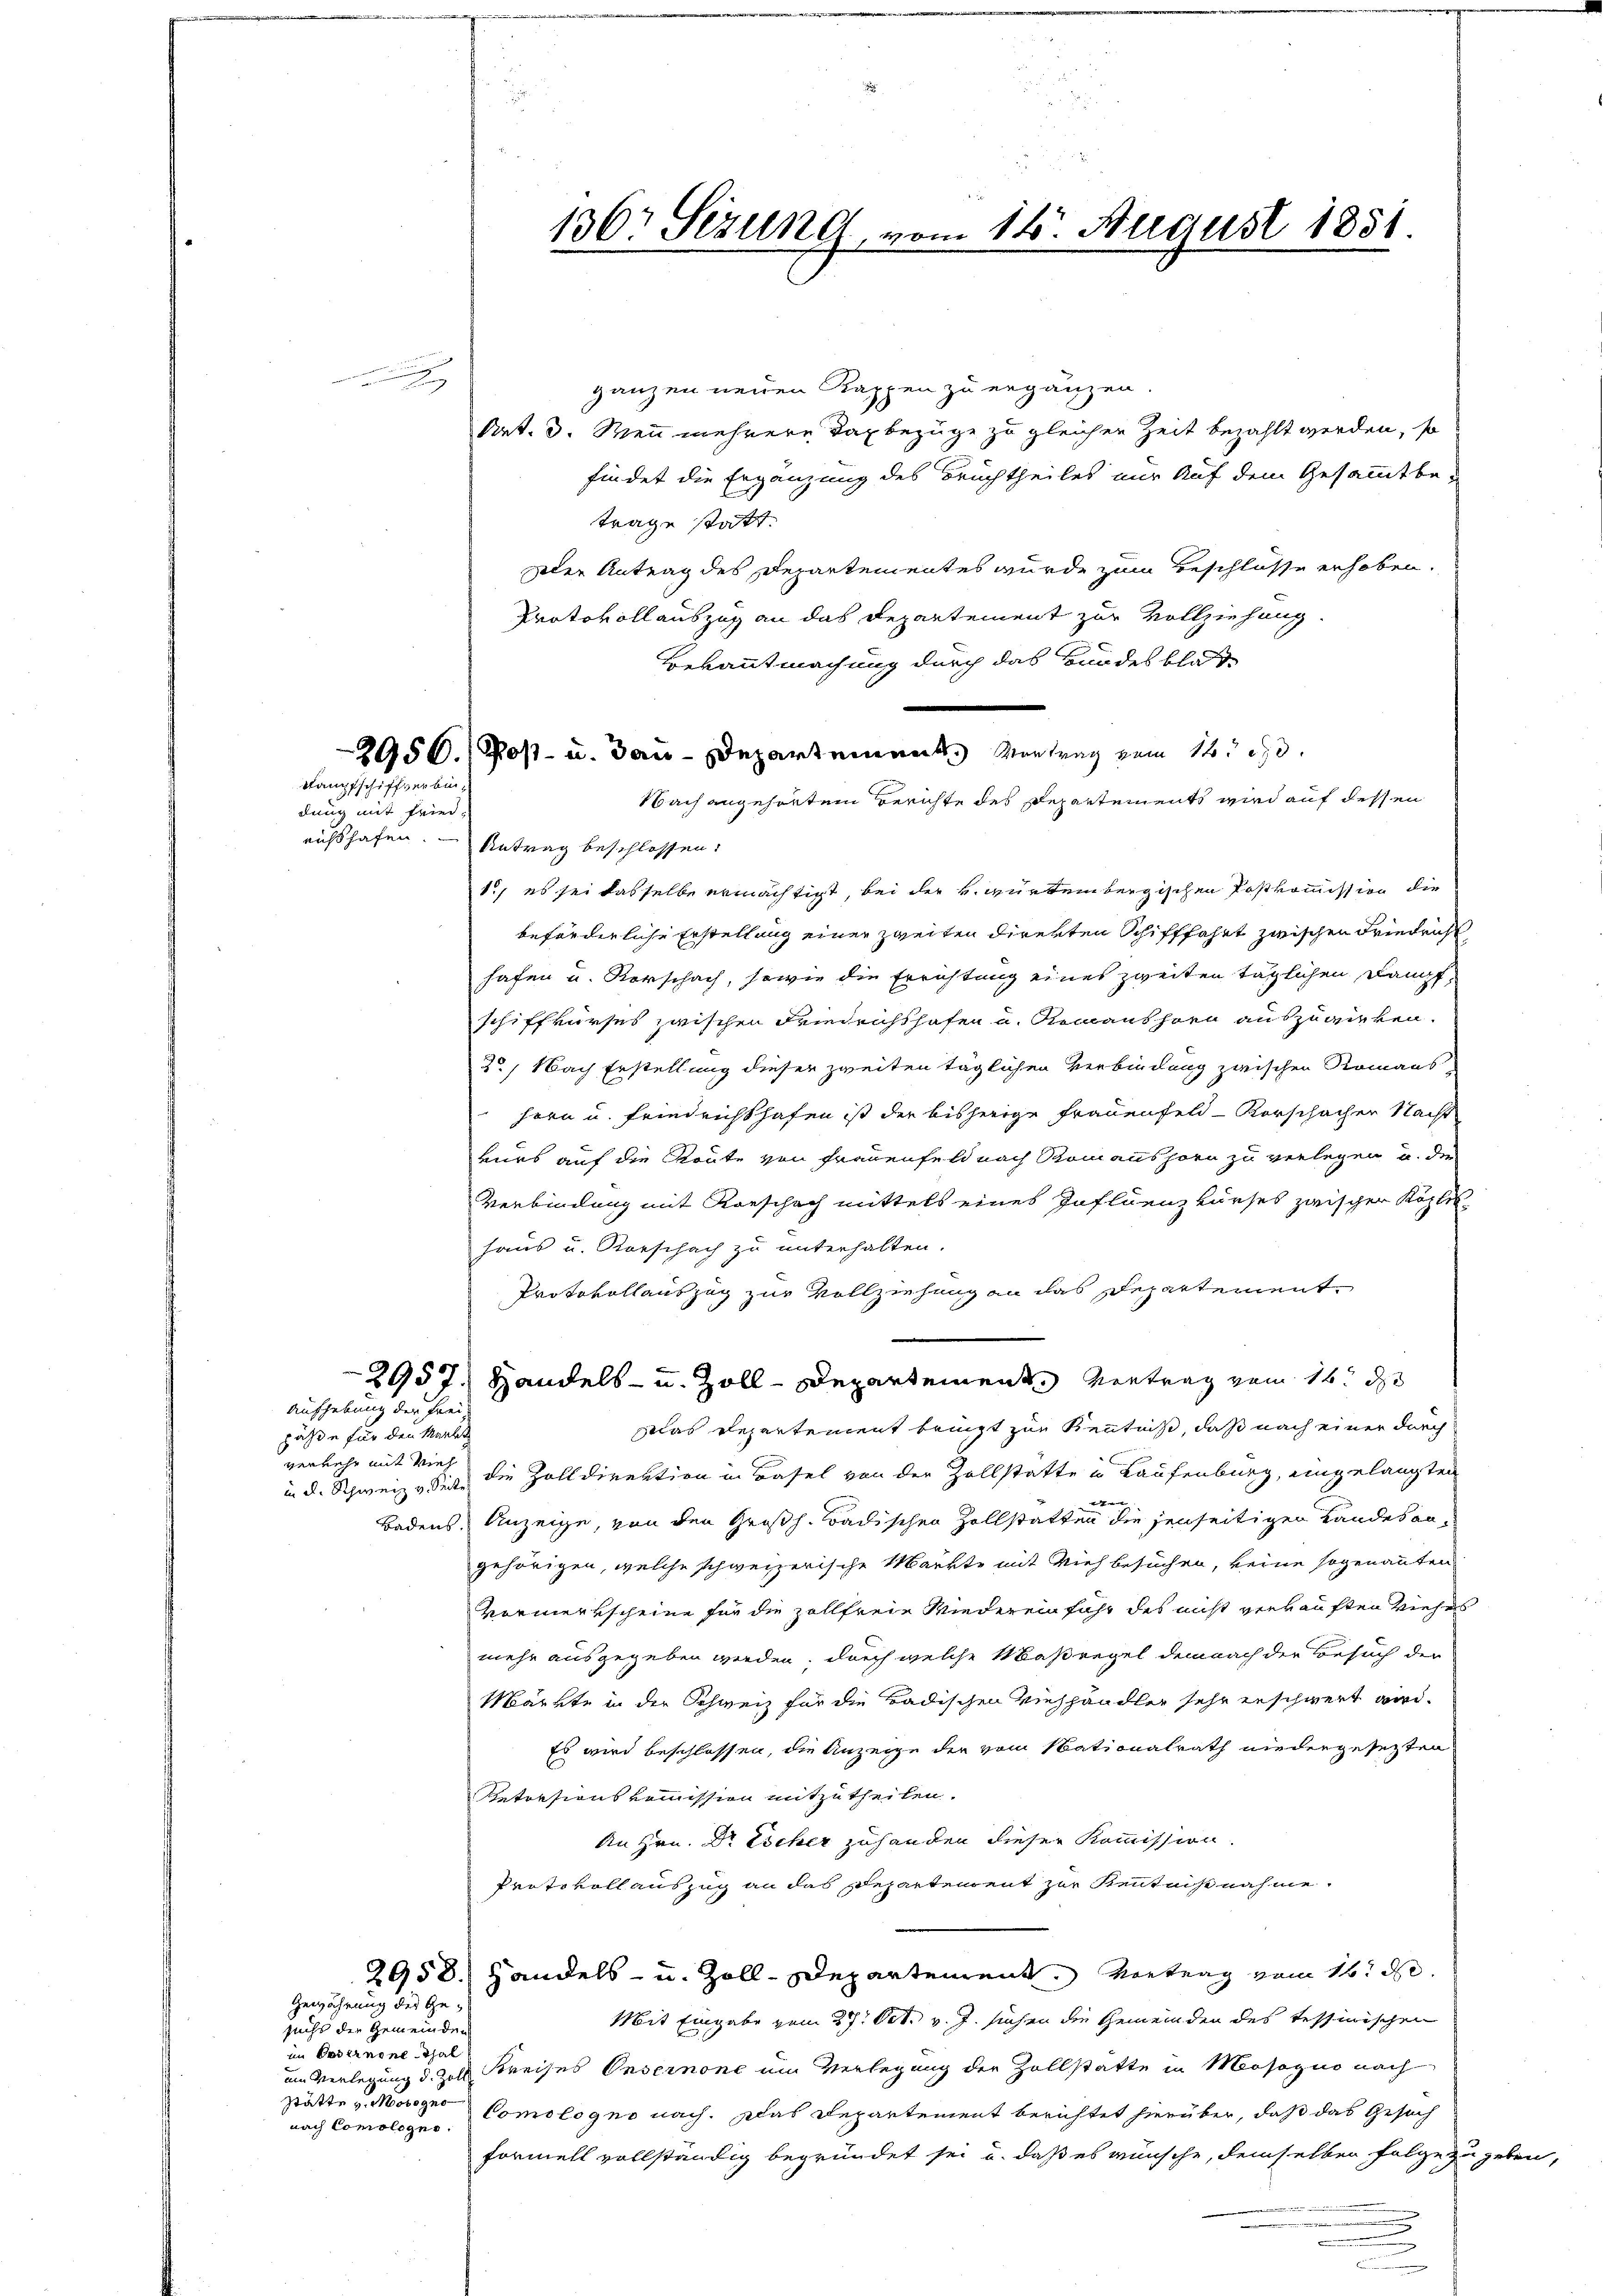
e

Stampfschiffverbin¬

dung mit Fried,

pässe für den Markt
verkehr mit Vieh

Aufhebung der Frei¬

2958.
Gewährung der Ge¬

sucht der Gemeinden
im Casernene Thal
stätte v. Mobogno
nach Comologus.

richthafen. - Antrag beschlossen:

ganzen neuen Kappen zu ergänzen.
Art. 3. Wenn mehrere Daxbezüge zu gleichen Zeit bezahlt werden, so
findet die Ergänzung des Bruchtheiles nur Auf dem Gesammtbe-
trage statt.
zoler Antrag des Departementes wurde zum Beschlüsse erhoben.
Kratovollauszug an das Departement zur Vollziehung.
Bekanntmachung durch das Hundes bloss
2950. (Post- u. Bau-Departement Vortrag vom 14. d.
Nach angehörtem Berichte des Departements wird auf dessen
1., es sei dasselbe ermächtigt, bei der v. Würtembergischen Postkommission die
beförderliche Erstellung einer zweiten direkten Schifffahrt zwischen Friedricht
hafen u. Vorschach, sowie die Errichtung eines zweiten täglichen Dampfschiffkurses zwischen Friedrichshofen u. Romanshorn auszuwirken.
30, Nach Erstellung dieser zweiten täglichen Verbindung zwischen Romans-
hern u. Friedrichthafen ist der bisherige Frauenfeld - Vorschachen Nacht
vurs auf die Route von Frauenfeld nach Romanshorn zu verlegen u. die
Verbindung mit Vorschach mittels eines Influenz kurses zwischer Köpfer-
haus u. Vorschach zu unterhalten.
Protokollauszug zur Vollziehung an das Departement
2957. Handels- u. Zoll-Departement Vertrag vom 16. d
as Departement bringt zur Kenntniß, daß nach einer durch
in d. Schweize siche die Zolldirektion in Basel von der Zollstatte u Laufenburg, eingelangten
Badens, Anzeige, von den Großh. Badischen Zollstatten die jenseitigen Landes angehörigen, welche schweizerische Markte mit Vieh besuchen, keine sogenannten
Vormerkscheine für die Zollfreie Wiederein fuhr des nicht verkauften Viehes
mehr ausgegeben werden, durch welche Maßregel demnach der Besuch der
Märkte in der Schweiz für die Badischen Viehhändler sehr erschwert wird.
Es wird beschlossen, die Anzeige der vom Stationalrath niedergesezten
Betresionskommission mitzutheilen.
An Hrn. Dr Escher zuhanden dieser Kommission.
Protokoll auszug an das Departement zur Kenntnißnahme¬
Handels- u. Zoll-Departement. Vortrag vom 16. d.
Mit Eingabe vom 27. Oct. v. J. suchen die Gemeinden des tessinischen
um Verlegung d. Zoll Kreises Unsernone um Verlegung der Zollstatte in Mosogno nach
Comologno nach. Das Departement berichtet hierüber, daß das Gesuch
Formell vollständig begründet sei, u. daß es wünsche, demselben Folge zu geben
.

136: Sizung vom 14. August 1851